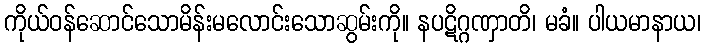
ကိုယ်ဝန်ဆောင်သောမိန်းမလောင်းသောဆွမ်းကို။ နပဋိဂ္ဂဏှာတိ၊ မခံ။ ပါယမာနာယ၊